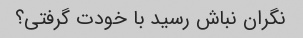
نگران نباش رسید با خودت گرفتی؟